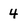
Character: 4